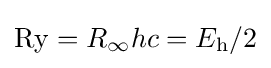
\mathrm {Ry} =R_{\infty }hc=E_{\text{h}}/2